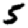
Digit: 5